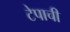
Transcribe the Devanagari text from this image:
टेपाची